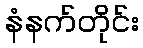
နံနက်တိုင်း